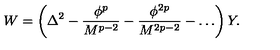
W = \left( \Delta ^ { 2 } - \frac { \phi ^ { p } } { M ^ { p - 2 } } - \frac { \phi ^ { 2 p } } { M ^ { 2 p - 2 } } - \dots \right) Y .